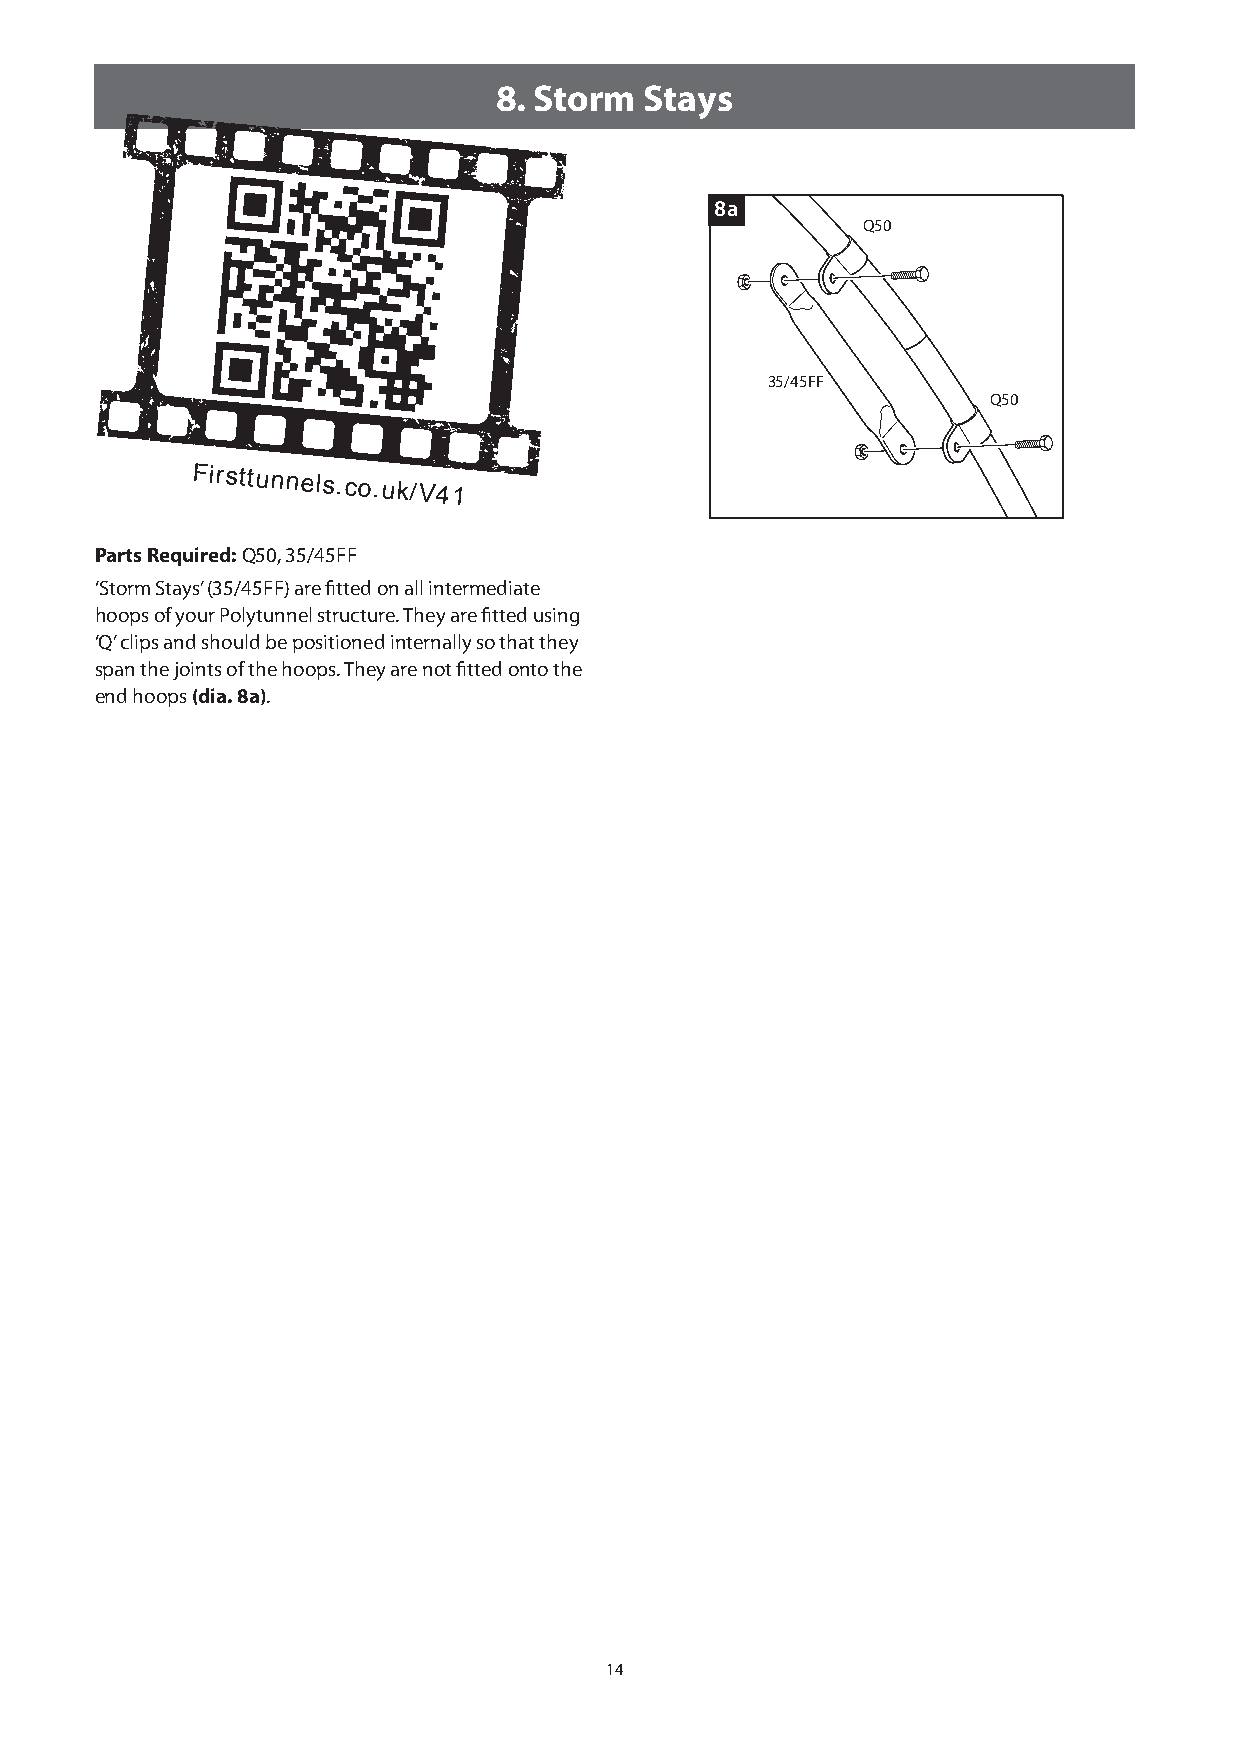
8. Storm  Stays
 8a
 Q50
 35/45FF
 Q50
 Firsttunnels.co.uk/V41
 Parts Required: Q50, 35/45FF
 ‘Storm Stays’ (35/45FF) are fitted on all intermediate
 hoops of your Polytunnel structure. They are fitted using
 ‘Q’ clips and should be positioned internally so that they
 span the joints of the hoops. They are not fitted onto the
 end hoops (dia. 8a).
 14